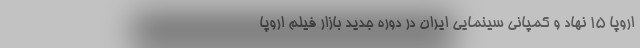
اروپا ۱۵ نهاد و کمپانی سینمایی ایران در دوره جدید بازار فیلم اروپا